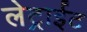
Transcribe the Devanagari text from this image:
लेट्राईट